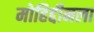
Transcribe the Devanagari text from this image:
मोहिद्दीनला